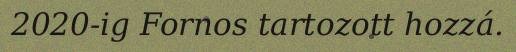
2020-ig Fornos tartozott hozzá.